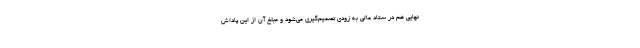
نهایی هم در ستاد عالی به زودی تصمیم‌گیری می‌شود و مبلغ آن از این پاداش